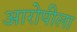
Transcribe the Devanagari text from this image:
आरोपीला